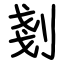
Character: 剗